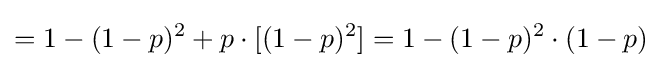
=1-(1-p)^{2}+p\cdot [(1-p)^{2}]=1-(1-p)^{2}\cdot (1-p)